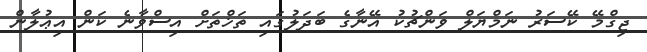
ޖިގްމޭ ކޭސަރު ނަމްޔަލް ވަންޗުކު އޭނާގެ ބަދަލުގައި ތަޚްތަށް އިސްވާނެ ކަން އިޢުލާން